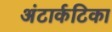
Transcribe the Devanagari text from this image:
अंटार्कटिका